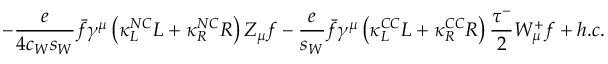
- \frac { e } { 4 c _ { W } s _ { W } } \bar { f } \gamma ^ { \mu } \left( \kappa _ { L } ^ { N C } L + \kappa _ { R } ^ { N C } R \right) Z _ { \mu } f - \frac { e } { s _ { W } } \bar { f } \gamma ^ { \mu } \left( \kappa _ { L } ^ { C C } L + \kappa _ { R } ^ { C C } R \right) \frac { \tau ^ { - } } { 2 } W _ { \mu } ^ { + } f + h . c .